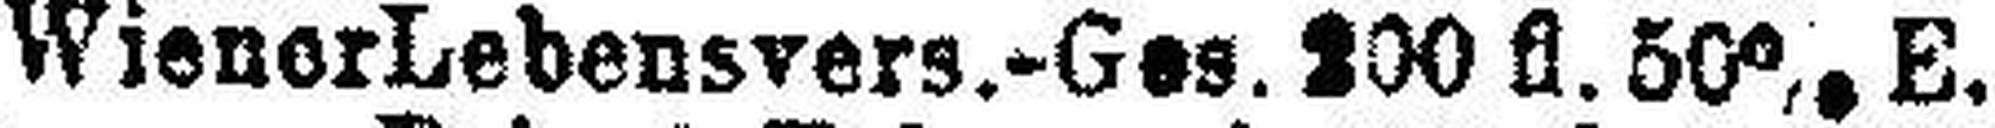
Wiener Lebensvers.-Ges. 200 fl. 50% E.